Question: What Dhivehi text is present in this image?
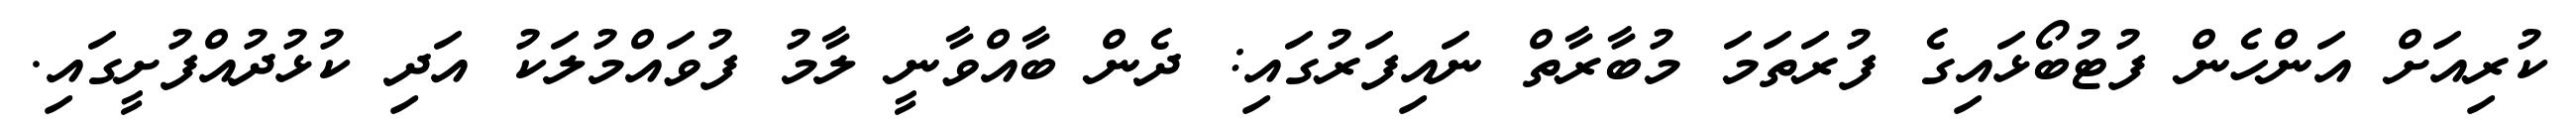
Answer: ކުރިއަށް އަންހެން ފުޓުބޯޅައިގެ ފުރަތަމަ މުބާރާތް ނައިފަރުގައި: ދެން ބާއްވާނީ ލާމު ފުވައްމުލަކު އަދި ކުޅުދުއްފުށީގައި.